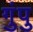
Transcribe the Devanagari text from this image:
गुंपु